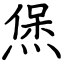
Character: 㷛